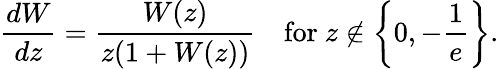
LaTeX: {\frac{dW}{dz}}={\frac{W(z)}{z(1+W(z))}}\quad{\mathrm{for~}}z\not\in\left\{ 0,-{\frac{1}{e}}\right\} .